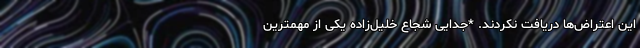
این اعتراض‌ها دریافت نکردند. *جدایی شجاع خلیل‌زاده یکی از مهمترین